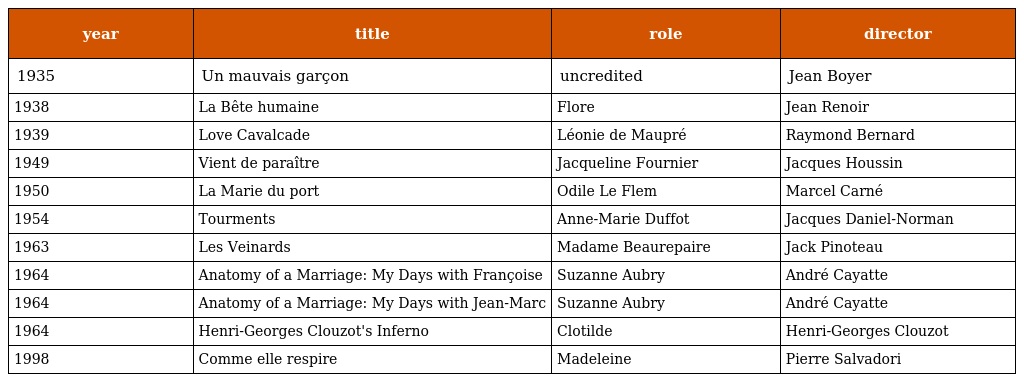
| year | title | role | director |
 | --- | --- | --- | --- |
 | 1935 | Un mauvais garçon | uncredited | Jean Boyer |
 | 1938 | La Bête humaine | Flore | Jean Renoir |
 | 1939 | Love Cavalcade | Léonie de Maupré | Raymond Bernard |
 | 1949 | Vient de paraître | Jacqueline Fournier | Jacques Houssin |
 | 1950 | La Marie du port | Odile Le Flem | Marcel Carné |
 | 1954 | Tourments | Anne-Marie Duffot | Jacques Daniel-Norman |
 | 1963 | Les Veinards | Madame Beaurepaire | Jack Pinoteau |
 | 1964 | Anatomy of a Marriage: My Days with Françoise | Suzanne Aubry | André Cayatte |
 | 1964 | Anatomy of a Marriage: My Days with Jean-Marc | Suzanne Aubry | André Cayatte |
 | 1964 | Henri-Georges Clouzot's Inferno | Clotilde | Henri-Georges Clouzot |
 | 1998 | Comme elle respire | Madeleine | Pierre Salvadori |